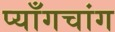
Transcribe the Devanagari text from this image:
प्याँगचांग